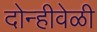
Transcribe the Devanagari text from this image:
दोन्हीवेळी